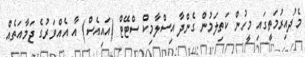
މެދުއިރުމަތީގައި މީހުން ކަތިލަމުން ގެންދާ އިސްލާމިކް ސްޓޭޓް (އައިއެސް) އާ އެއްވަރުގެ ޖަމާއަތެއް